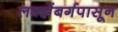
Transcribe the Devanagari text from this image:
लक्झेंबर्गपासून